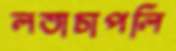
লতাচাপলি